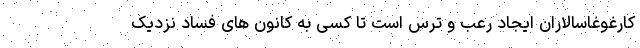
کارغوغاسالاران ایجاد رعب و ترس است تا کسی به کانون های فساد نزدیک